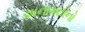
અનામતોનો